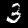
Label: 3